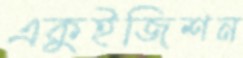
একুইজিশন